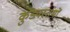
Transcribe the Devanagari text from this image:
कुड्यस्तंभों